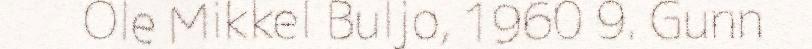
Ole Mikkel Buljo, 1960 9. Gunn